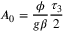
A _ { 0 } = { \frac { \phi } { { g \beta } } } \frac { \tau _ { 3 } } { 2 }